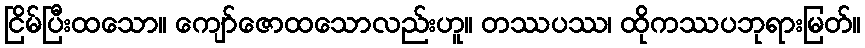
ငြိမ်ပြီးထသော။ ကျော်ဇောထသောလည်းဟူ။ တဿပဿ၊ ထိုကဿပဘုရားမြတ်။